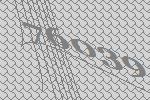
76039